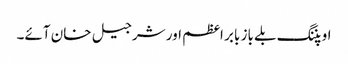
اوپننگ بلے باز بابر اعظم اور شرجیل خان آئے۔